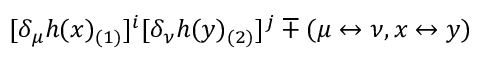
[ \delta _ { \mu } h ( x ) _ { ( 1 ) } ] ^ { i } [ \delta _ { \nu } h ( y ) _ { ( 2 ) } ] ^ { j } \mp ( \mu \leftrightarrow \nu , x \leftrightarrow y )